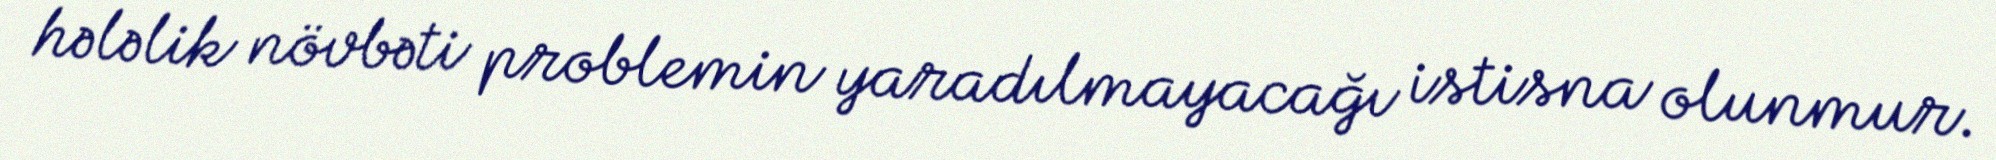
hələlik növbəti problemin yaradılmayacağı istisna olunmur.